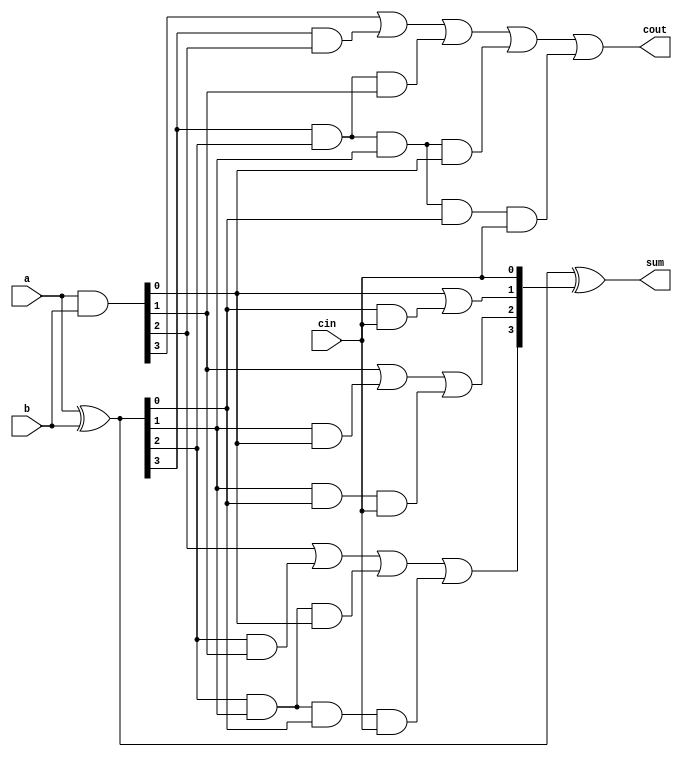
module cla_4_bit(a, b, cin, sum, cout);
    parameter N = 4;
    input [N-1:0] a, b;
    input cin;
    output [N-1:0] sum;
    output cout;
    
    wire [3:0] p, g, c;
    
    assign p = a ^ b;
    assign g = a & b;
    
    assign c[0] = cin;
    assign c[1] = g[0] | (p[0] & c[0]);
    assign c[2] = g[1] | (p[1] & g[0]) | (p[1] & p[0] & c[0]);
    assign c[3] = g[2] | (p[2] & g[1]) | (p[2] & p[1] & g[0]) | (p[2] & p[1] & p[0] & c[0]);
    assign cout = g[3] | (p[3] & g[2]) | (p[3] & p[2] & g[1]) | (p[3] & p[2] & p[1] & g[0]) | (p[3] & p[2] & p[1] & p[0] & c[0]);
    assign sum = p ^ c;
                 
endmodule